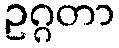
ဥဂ္ဂတာ